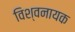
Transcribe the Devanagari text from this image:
विश्वनायक